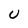
Character: U